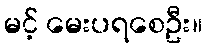
မင့် မေးပရစေဦး။